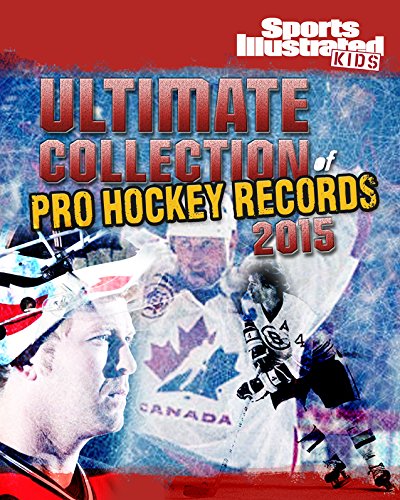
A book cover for Ultimate Collection of Pro Hockey Records 2015 (Sports Illustrated Kids); Shane Frederick; Children's Books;